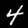
Digit: 4